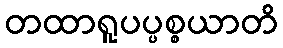
တထာရူပပ္ပစ္စယာတိ